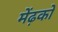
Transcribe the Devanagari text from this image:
मेंढ़को